Annual report of the Punjab Veterinary College and of the Civil Veterinary Department, Punjab - 1926-1932
Year: 1926
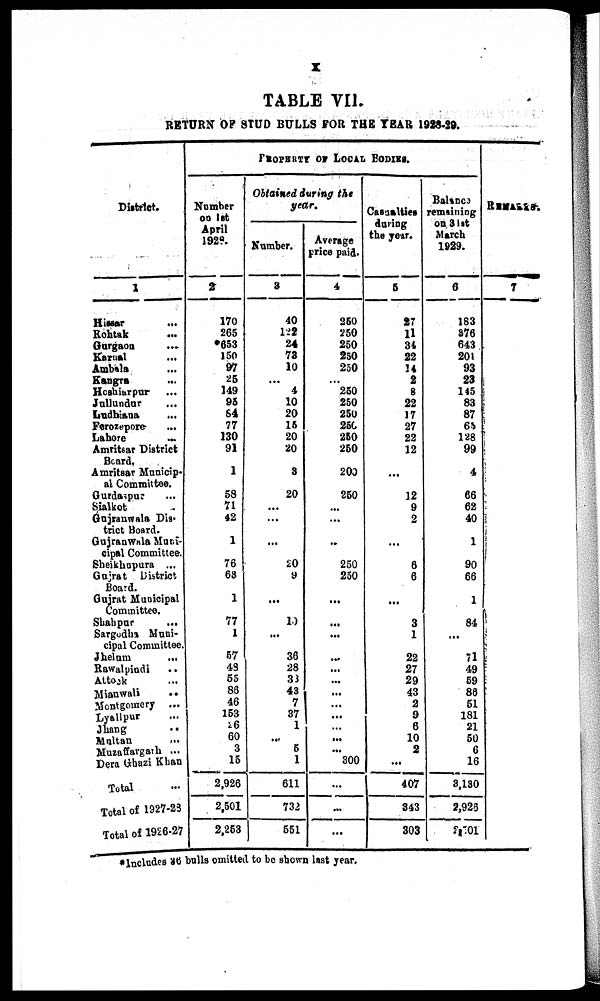
x
TABLE VII.
RETURN OF STUD BULLS FOR THE YEAR 1928-29.
District.
1
Hissar ...
Rohtak …
Gurgaon…
Karnal …
Ambala ...
Kangra ...
Hoshiarpur ...
Jullundur ...
Ludhiana ...
Ferozepore ...
Lahore
…
Amritsar District
Board.
Amritsar Manicip-
al Committee.
Gurdaspur ...
Sialkot .
Gujranwala Dis-
trict Board.
Gujranwala Muni-
cipal Committee.
Sheikhupura ...
Gujrat District
Board.
Gujrat Municipal
Committee.
Shahpur ...
Sargodha Muni-
cipal Committee.
Jhelum
...
Rawalpindi …
Attock ....
Mianwali ...
Montgomery ...
Lyallpur ...
Jhang ..
Multan ...
Muzaffargarh ...
Dera Ghazi Khan
Total …
Total of 1927-23
Total of 1926-27
PROPERTY OF LOCAL BODIES.
Number
on 1st
April
1928.
2
170
265
*653
150
97
25
149
95
84
77
130
91
1
58
71
42
1
76
63
1
77
1
57
43
55
88
46
153
16
60
3
15
2,926
2,501
2,253
Obtained during the
year.
Number.
3
40
122
24
73
10
...
4
10
20
16
20
20
3
20
...
...
...
20
9
...
10
...
36
28
33
43
7
37
1
...
5
1
611
732
551
Average
price paid.
4
250
250
250
250
250
...
250
250
250
250
250
250
200
250
...
...
..
250
250
...
...
...
...
...
...
...
...
...
...
...
300
...
...
...
Casualties
during
the year.
5
27
11
34
22
14
2
8
22
17
27
22
12
...
12
9
2
...
6
6
...
3
1
22
27
29
43
2
9
6
10
2
...
407
343
303
Balance
remaining
on 31st
March
1929.
6
183
376
643
201
93
23
145
83
87
68
128
99
4
66
62
40
1
90
66
1
84
...
71
49
59
86
51
181
21
50
6
16
3,130
2,925
2,501
`REMARKS.
7
*Includes 36 bulls omitted to be shown last year.